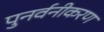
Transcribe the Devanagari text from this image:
पुनर्वनीकरण